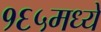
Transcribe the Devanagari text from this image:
१६५मध्ये